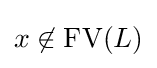
x\not \in \operatorname {FV} (L)